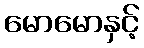
မောမောနှင့်